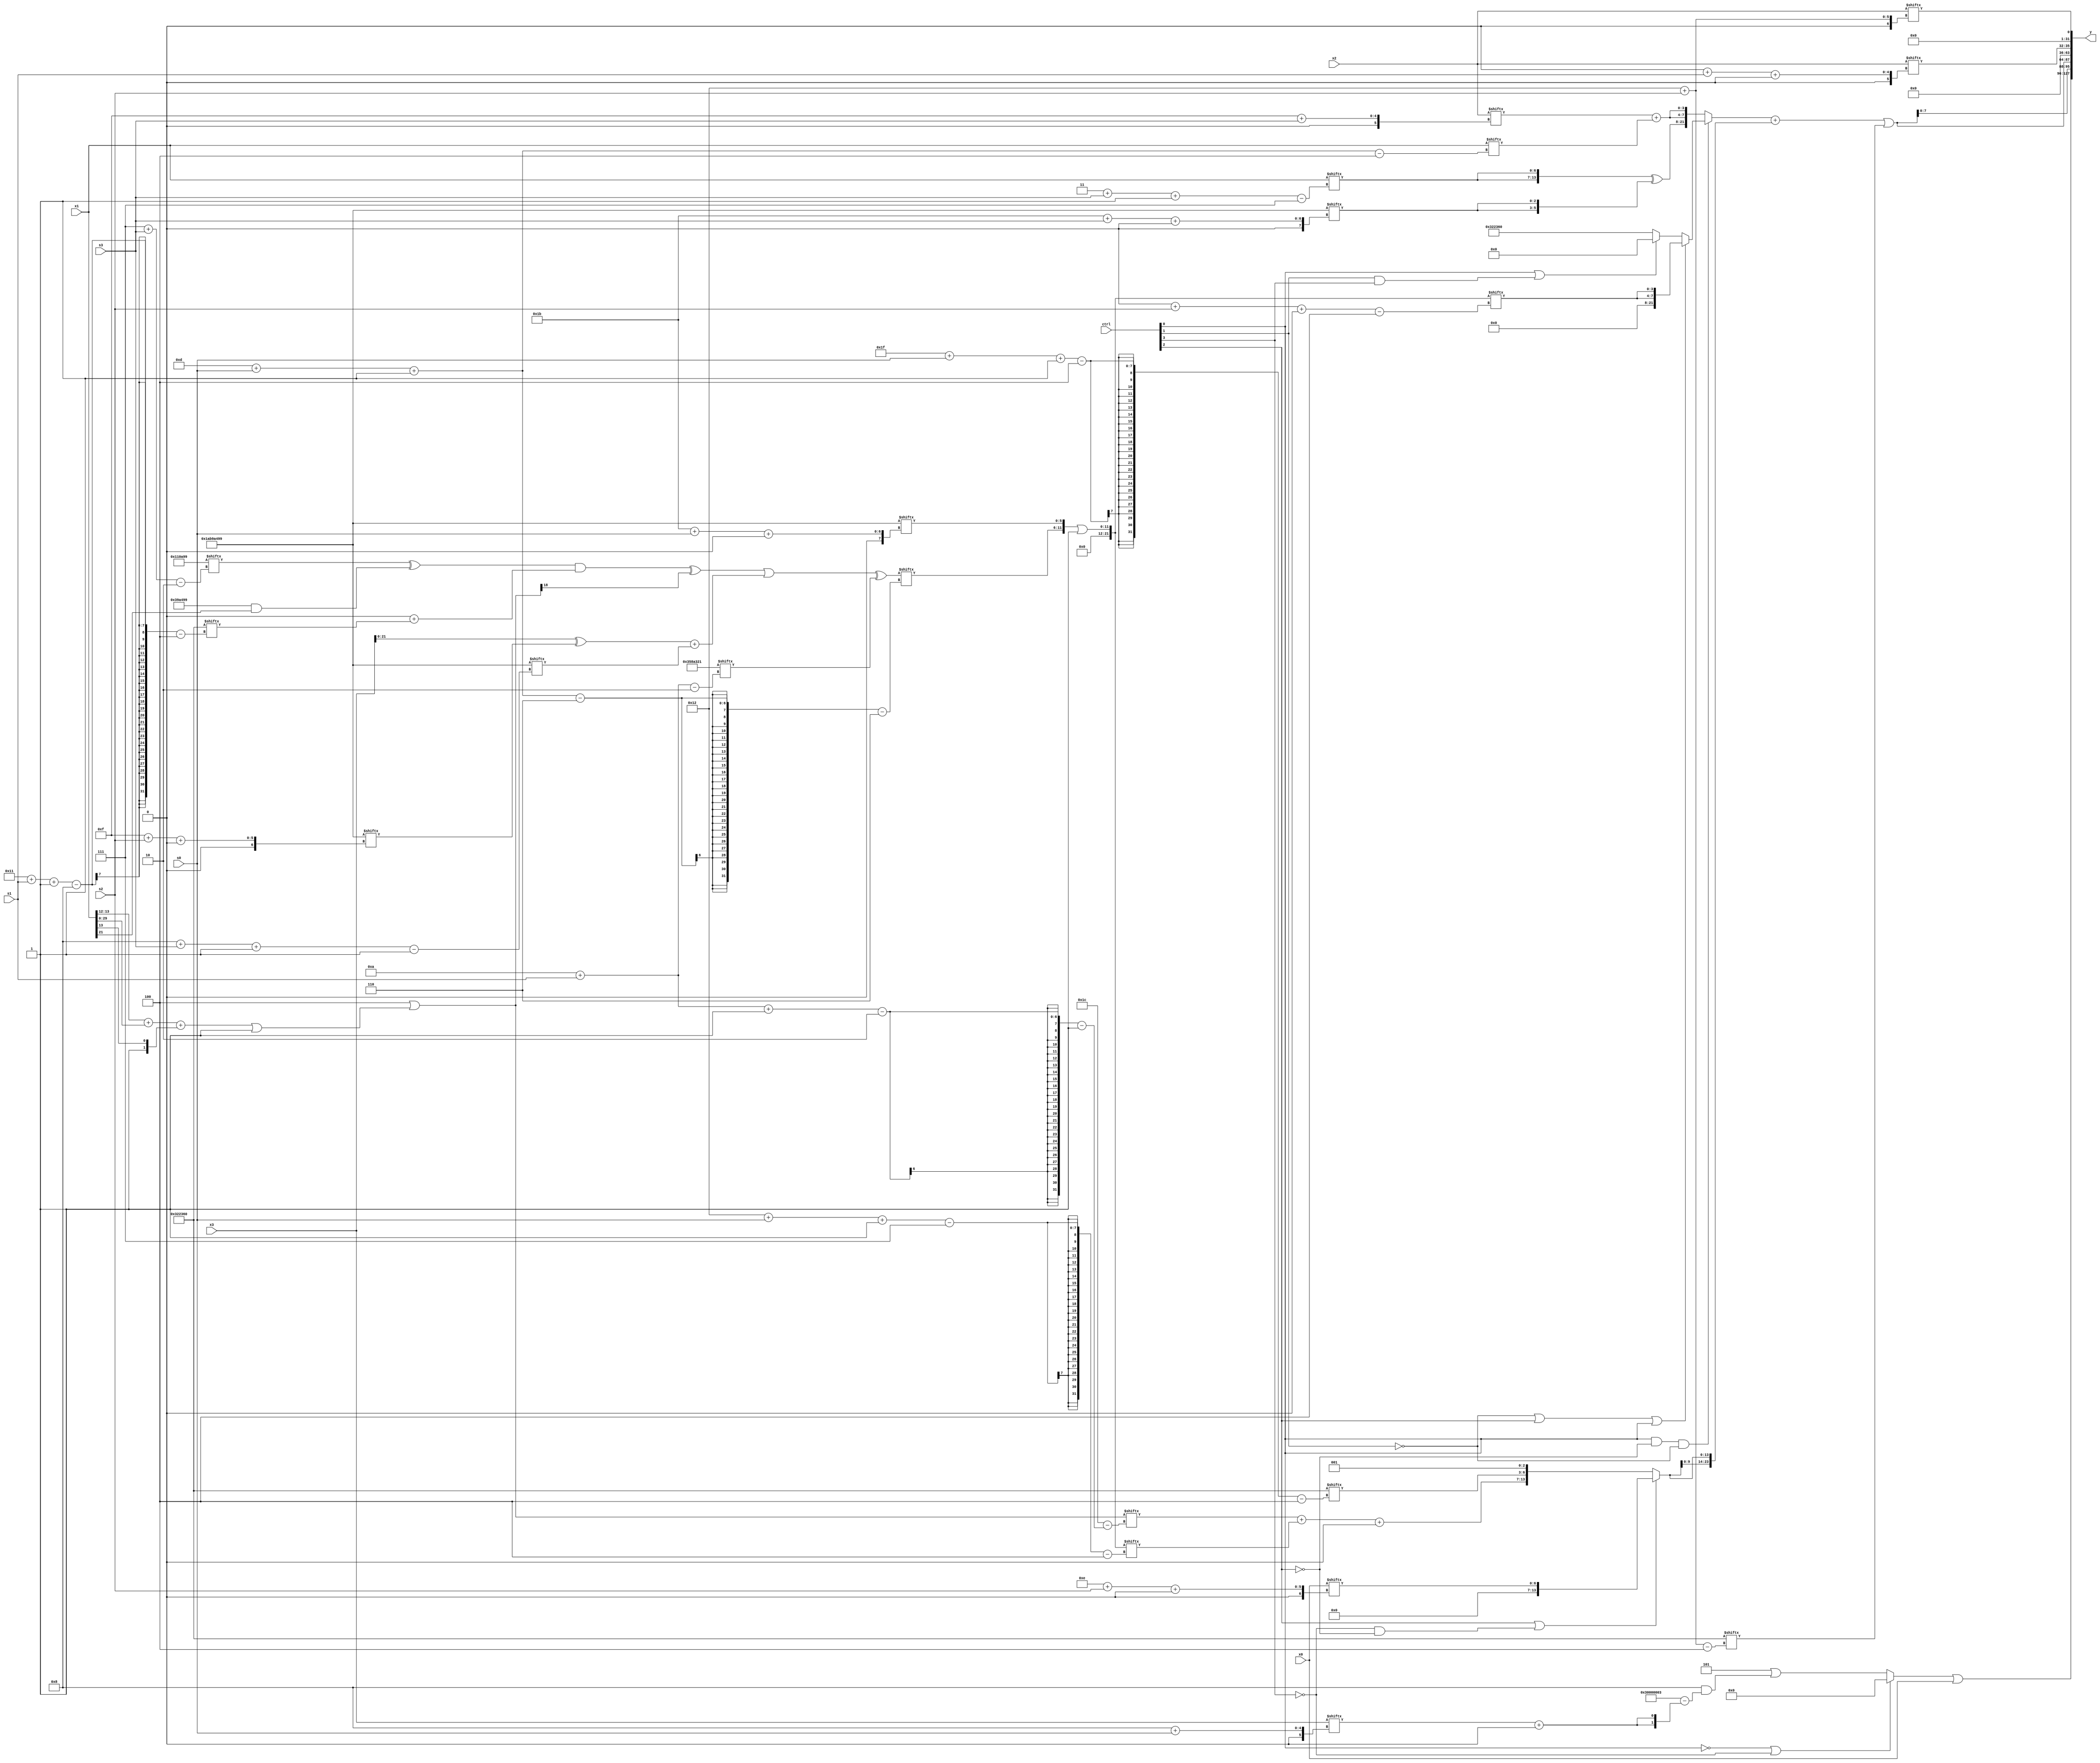
module partsel_00235(ctrl, s0, s1, s2, s3, x0, x1, x2, x3, y);
  input [3:0] ctrl;
  input [2:0] s0;
  input [2:0] s1;
  input [2:0] s2;
  input [2:0] s3;
  input signed [31:0] x0;
  input signed [31:0] x1;
  input signed [31:0] x2;
  input [31:0] x3;
  wire [1:30] x4;
  wire signed [27:6] x5;
  wire signed [27:6] x6;
  wire signed [29:7] x7;
  wire [25:4] x8;
  wire signed [5:28] x9;
  wire signed [1:24] x10;
  wire signed [3:24] x11;
  wire [3:30] x12;
  wire signed [25:2] x13;
  wire signed [7:25] x14;
  wire [2:31] x15;
  output [127:0] y;
  wire signed [31:0] y0;
  wire signed [31:0] y1;
  wire signed [31:0] y2;
  wire signed [31:0] y3;
  assign y = {y0,y1,y2,y3};
  localparam signed [24:2] p0 = 873532057;
  localparam [26:4] p1 = 120726368;
  localparam signed [31:0] p2 = 448373913;
  localparam [27:2] p3 = 56140577;
  assign x4 = (p3[15 -: 3] | ({(p2[12 -: 3] | p1), ({p3, (x1[13 -: 2] + x1)} + {p2[10], x1[13]})} | p1[17 -: 1]));
  assign x5 = ({(!ctrl[2] || !ctrl[1] || ctrl[2] ? (!ctrl[2] || !ctrl[0] && !ctrl[3] ? (p3[25 + s0 -: 7] | x0[5 + s2]) : {2{((x2[5 + s0] | p3[14 +: 4]) ^ p1[16 + s3])}}) : {{2{x2[27 + s3 -: 5]}}, (p0[11 +: 3] ^ (x2 | p2))}), ((((p0[7 + s3] ^ (p2 & x1[21 -: 1])) & (p1[19] + p1[17 + s1 -: 8])) ^ x4[12]) | {2{((x3 ^ p2[15 + s2 +: 4]) + p2[8 + s3 -: 1])}})} ^ p3[10 + s1]);
  assign x6 = {2{p3[13 -: 1]}};
  assign x7 = {2{p1[12]}};
  assign x8 = ({x5[13 + s0 -: 6], p2[27 + s0 +: 6]} | p2[13 -: 1]);
  assign x9 = ((ctrl[0] && !ctrl[2] && !ctrl[1] ? (!ctrl[1] || ctrl[2] || ctrl[0] ? {2{x8[0 + s2 +: 4]}} : (ctrl[0] || ctrl[1] && ctrl[3] ? {2{(x6[12] | p2[9])}} : p1)) : {({2{x1[3 + s3 -: 7]}} ^ {2{p2[27 + s3 +: 3]}}), {2{(x2[15 + s3] + x1[13 + s0 -: 4])}}}) + {2{(ctrl[2] || !ctrl[3] && !ctrl[2] ? x0[14 + s2 +: 7] : {((x4[10 + s1 -: 2] + x8[18 + s0 -: 7]) + p0[14]), {p1[31 + s0 -: 4], p1[13 +: 3]}})}});
  assign x10 = {2{((ctrl[3] && ctrl[0] || !ctrl[2] ? ((((x3 + x2[1 + s0 -: 3]) | ((p2[17 +: 2] - x1[1 + s0 -: 6]) ^ (x1 | ((x8[18 +: 2] - p3) + x3[26 + s2 -: 7])))) | x7[16 +: 2]) | {2{p1[19 + s0 -: 7]}}) : ((!ctrl[0] || ctrl[2] && ctrl[3] ? x1 : p3) ^ (p1[6 + s0 -: 3] + p0[4 + s0]))) & p1)}};
  assign x11 = p0[15 -: 3];
  assign x12 = (p1 + ({p3[8 +: 2], {(p1[14 + s3] - x7[9 +: 4]), (x1[25 + s2 -: 3] ^ p3)}} | x10[9 + s1]));
  assign x13 = {x5[16], {(ctrl[0] && ctrl[0] || ctrl[2] ? x12[15 +: 1] : x12[24 + s3 -: 2]), ((!ctrl[2] || !ctrl[1] && ctrl[1] ? x3[16 +: 2] : x4) - ({p3[6 + s2], x11} + {p0[16 + s0], p0[9]}))}};
  assign x14 = p3;
  assign x15 = ({2{p0[18 +: 2]}} | {p1[6 + s2 +: 3], (p1[17 -: 4] & ({p1, x7} - {2{(x3[8 + s0] + x7[17 +: 1])}}))});
  assign y0 = {2{((!ctrl[0] && !ctrl[0] || !ctrl[3] ? p3[16 +: 1] : x15) | x0)}};
  assign y1 = {(ctrl[0] && !ctrl[3] && !ctrl[2] ? (p0[4 + s0] & x8[11 +: 2]) : (x0[12 -: 4] + p3)), {2{(x9 | p1[18 + s2])}}};
  assign y2 = x2[0 + s1 +: 4];
  assign y3 = x2[18 + s2];
endmodule